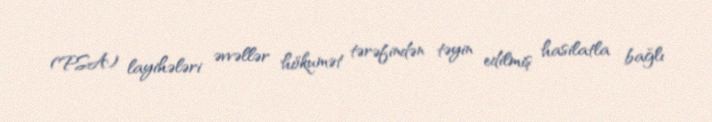
(PSA) layihələri əvvəllər hökumət tərəfindən təyin edilmiş hasilatla bağlı